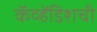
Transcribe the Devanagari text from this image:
कॅव्हेंडिशची